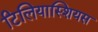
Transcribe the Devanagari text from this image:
टिलियास्शियस